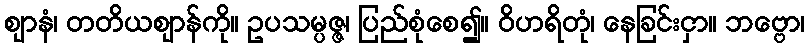
ဈာနံ၊ တတိယဈာန်ကို။ ဥပသမ္ပဇ္ဇ၊ ပြည်စုံစေ၍။ ဝိဟရိတုံ၊ နေခြင်းငှာ။ ဘဗ္ဗော၊